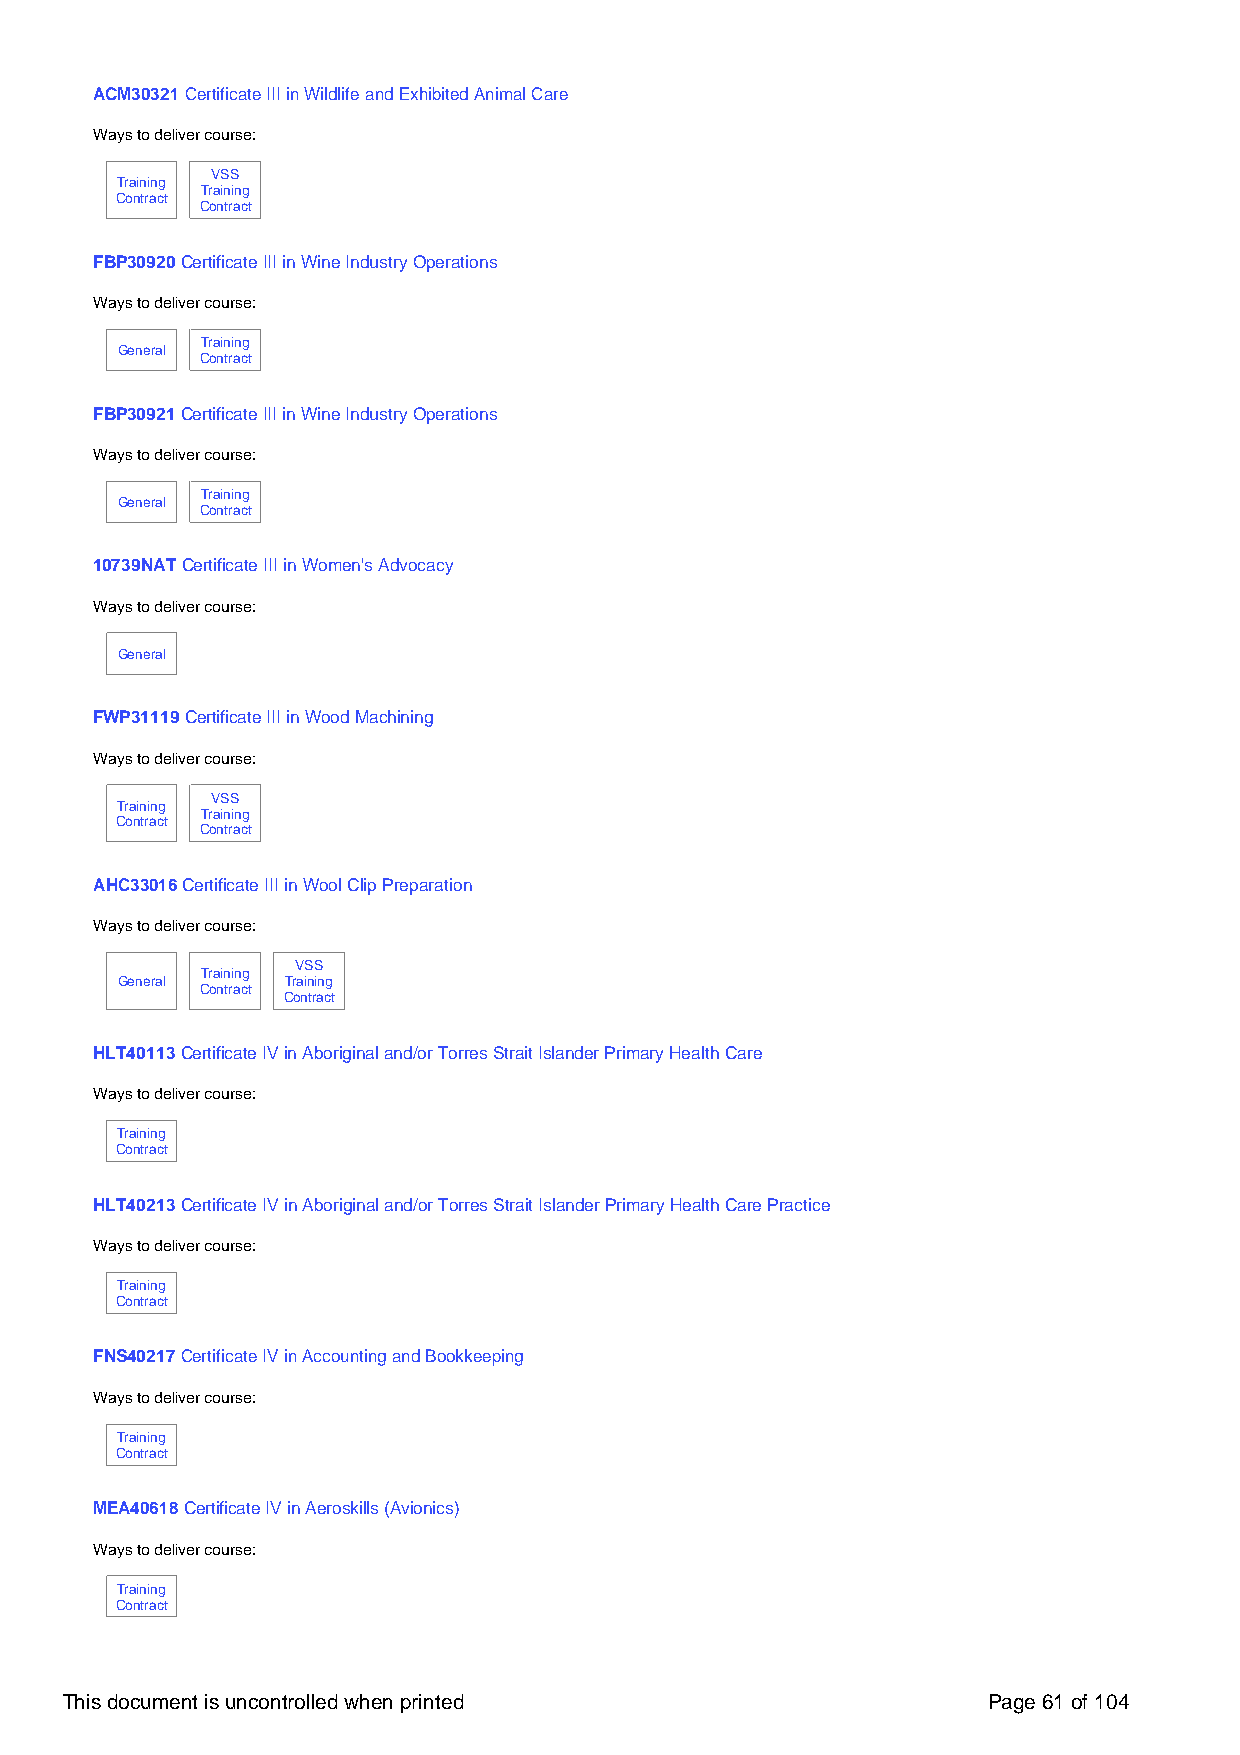
ACM30321 Certificate III in Wildlife and Exhibited Animal Care
 Ways to deliver course:
 VSS
 Training
 Training
 Contract
 Contract
 FBP30920 Certificate III in Wine Industry Operations
 Ways to deliver course:
 Training
 General
 Contract
 FBP30921 Certificate III in Wine Industry Operations
 Ways to deliver course:
 Training
 General
 Contract
 10739NAT Certificate III in Women's Advocacy
 Ways to deliver course:
 General
 FWP31119 Certificate III in Wood Machining
 Ways to deliver course:
 VSS
 Training
 Training
 Contract
 Contract
 AHC33016 Certificate III in Wool Clip Preparation
 Ways to deliver course:
 VSS
 Training
 General    Training
 Contract
 Contract
 HLT40113 Certificate IV in Aboriginal and/or Torres Strait Islander Primary Health Care
 Ways to deliver course:
 Training
 Contract
 HLT40213 Certificate IV in Aboriginal and/or Torres Strait Islander Primary Health Care Practice
 Ways to deliver course:
 Training
 Contract
 FNS40217 Certificate IV in Accounting and Bookkeeping
 Ways to deliver course:
 Training
 Contract
 MEA40618 Certificate IV in Aeroskills (Avionics)
 Ways to deliver course:
 Training
 Contract
 This document is uncontrolled when printed                   Page 61 of 104